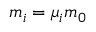
m _ { i } = \mu _ { i } m _ { 0 }